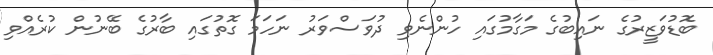
ބޮޑުވަޒީރުގެ ނައިބުގެ މަގާމުގައި ހުންނެވި ދުވަސްވަރު ނަހަމަ ގޮތުގައި ބާރުގެ ބޭނުން ކުރެއްވި